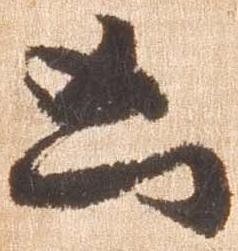
凶